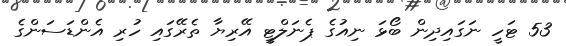
53 ޓަހީ ނަގައިދިން ބޯޅަ ނިއުގެ ޕެނަލްޓީ އޭރިޔާ ތެރޭގައި ހުރި އެންޑަސަންގެ